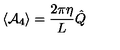
\langle { \cal A } _ { 4 } \rangle = \frac { 2 \pi \eta } { L } \hat { Q }